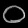
Digit: ၀